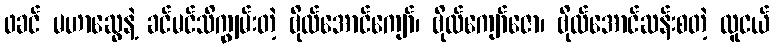
ဖခင် မဟာဆွေနဲ့ ခင်မင်သိကျွမ်းတဲ့ ဗိုလ်အောင်ကျော်၊ ဗိုလ်ကျော်ဇော၊ ဗိုလ်အောင်ဆန်းစတဲ့ လူငယ်